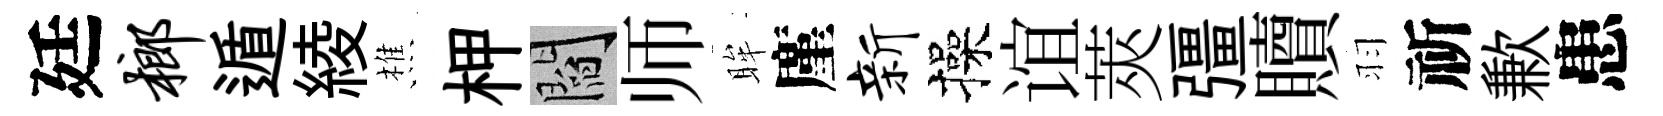
廷榔遁綾樵柙閻师眸廑新操谊莢彊贖羽祈歉患